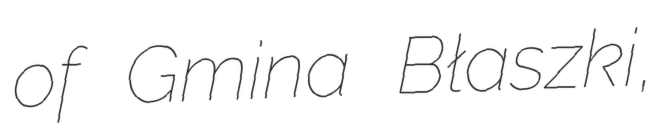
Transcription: of Gmina Błaszki,